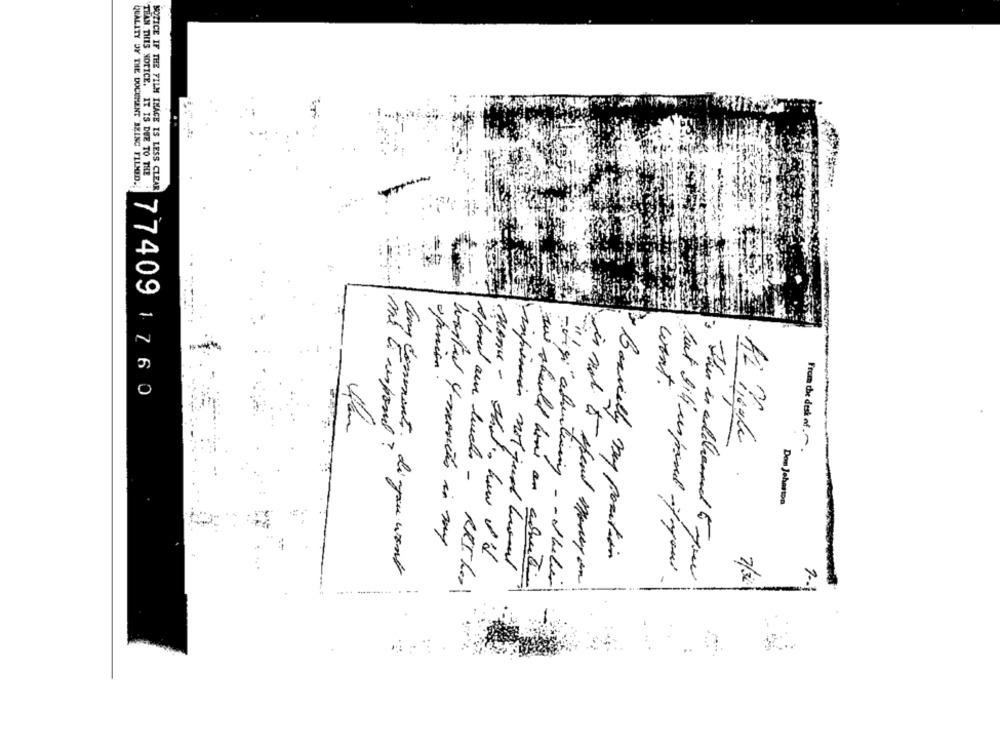
QUALITY BY THE DOCEHENT 'IZINC FILSOD.
THAN THIS NOTICE. IT IS DUE TO THE
NOTICE IF THE FILM IMAGE IS LESS CLEAR
won't.
77409 1 760
is not a
me li respond ?
From the desk of .
-
Basically my.
Don Johnson
Monu- that, how I'd
my position
Ceny consente di you want
impression not good husmed
This is addressed to your
. --